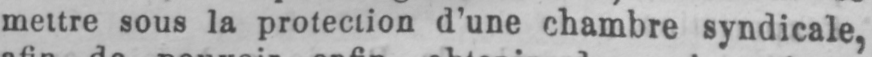
mettre sous la protection d’une chambre syndicale,